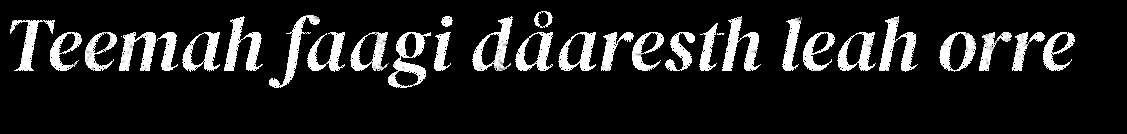
Teemah faagi dåaresth leah orre